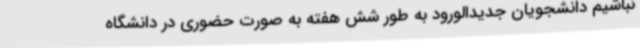
نباشیم دانشجویان جدیدالورود به طور شش هفته به صورت حضوری در دانشگاه